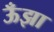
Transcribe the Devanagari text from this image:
ऊँझा